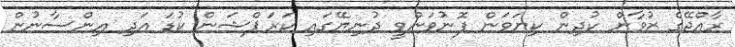
ރާއްޖޭގެ ޒުވާން ކުދިން ކިޔަވަން ފޮނުވަންވީ ދުނިޔޭގައި ކަރަޕްޝަން ކުޑަ އަދި އިންސާނުން